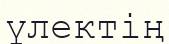
үлектің